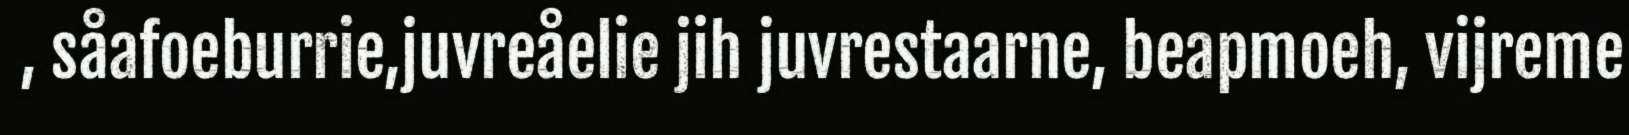
, såafoeburrie,juvreåelie jih juvrestaarne, beapmoeh, vijreme